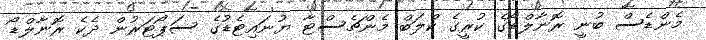
މެންޑެސް ބުނީ ރޮނާލްޑޯގެ ކުރީގެ ކްލަބް މެންޗެސްޓާ ޔުނައިޓެޑުގެ ސަޕޯޓަރުން ދެކެ ރޮނާލްޑޯ